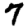
Digit: 7